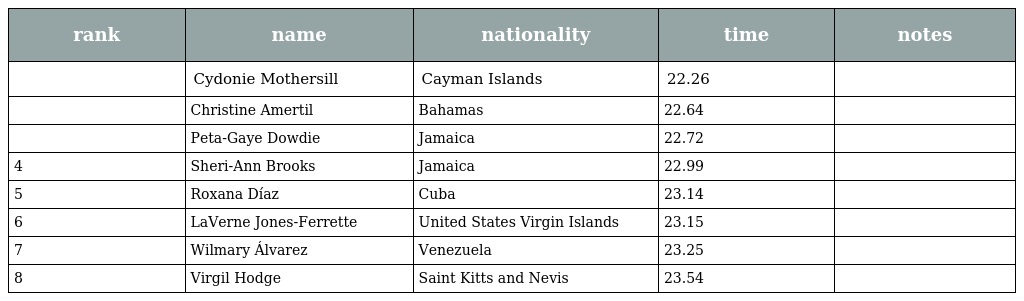
| rank | name | nationality | time | notes |
 | --- | --- | --- | --- | --- |
 |  | Cydonie Mothersill | Cayman Islands | 22.26 |  |
 |  | Christine Amertil | Bahamas | 22.64 |  |
 |  | Peta-Gaye Dowdie | Jamaica | 22.72 |  |
 | 4 | Sheri-Ann Brooks | Jamaica | 22.99 |  |
 | 5 | Roxana Díaz | Cuba | 23.14 |  |
 | 6 | LaVerne Jones-Ferrette | United States Virgin Islands | 23.15 |  |
 | 7 | Wilmary Álvarez | Venezuela | 23.25 |  |
 | 8 | Virgil Hodge | Saint Kitts and Nevis | 23.54 |  |